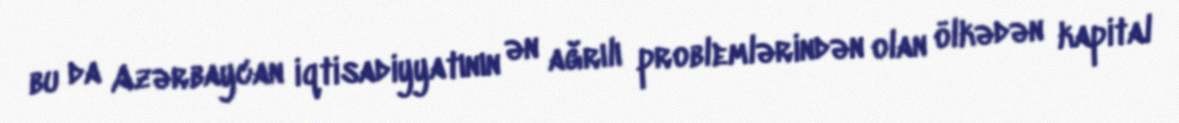
bu da Azərbaycan iqtisadiyyatının ən ağrılı problemlərindən olan ölkədən kapital